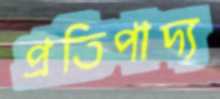
প্রতিপাদ্য